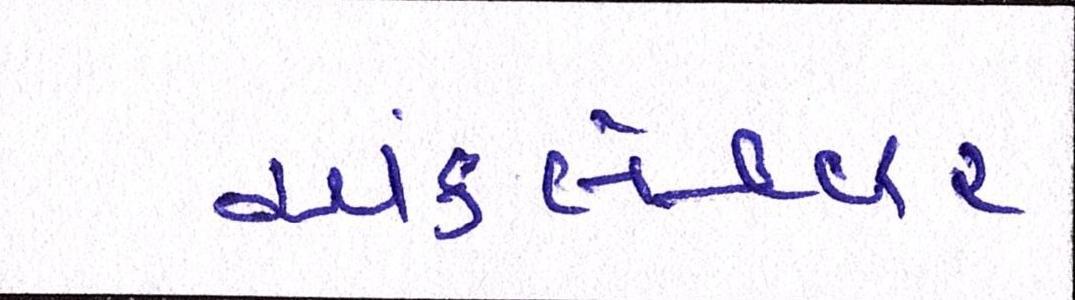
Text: અંકલેશ્વર